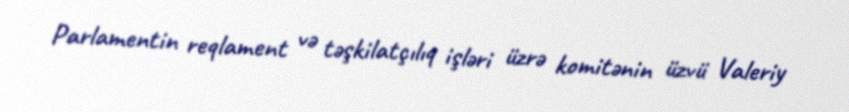
Parlamentin reqlament və təşkilatçılıq işləri üzrə komitənin üzvü Valeriy